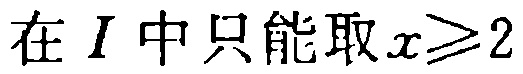
在 \(I\) 中只能取 \(x\geqslant2\)